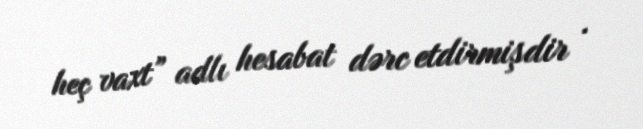
heç vaxt” adlı hesabat dərc etdirmişdir .